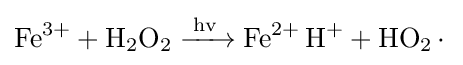
{\ce {Fe^3+ +H2O2 ->[{hv}] Fe^2+ H+ + HO2.}}